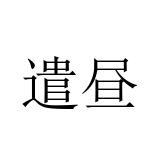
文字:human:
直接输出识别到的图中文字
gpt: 遣昼